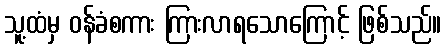
သူ့ထံမှ ဝန်ခံစကား ကြားလာရသောကြောင့် ဖြစ်သည်။